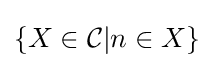
\lbrace X\in {\mathcal {C}}|n\in X\rbrace